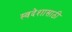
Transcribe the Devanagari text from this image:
स्वदेशासाठी